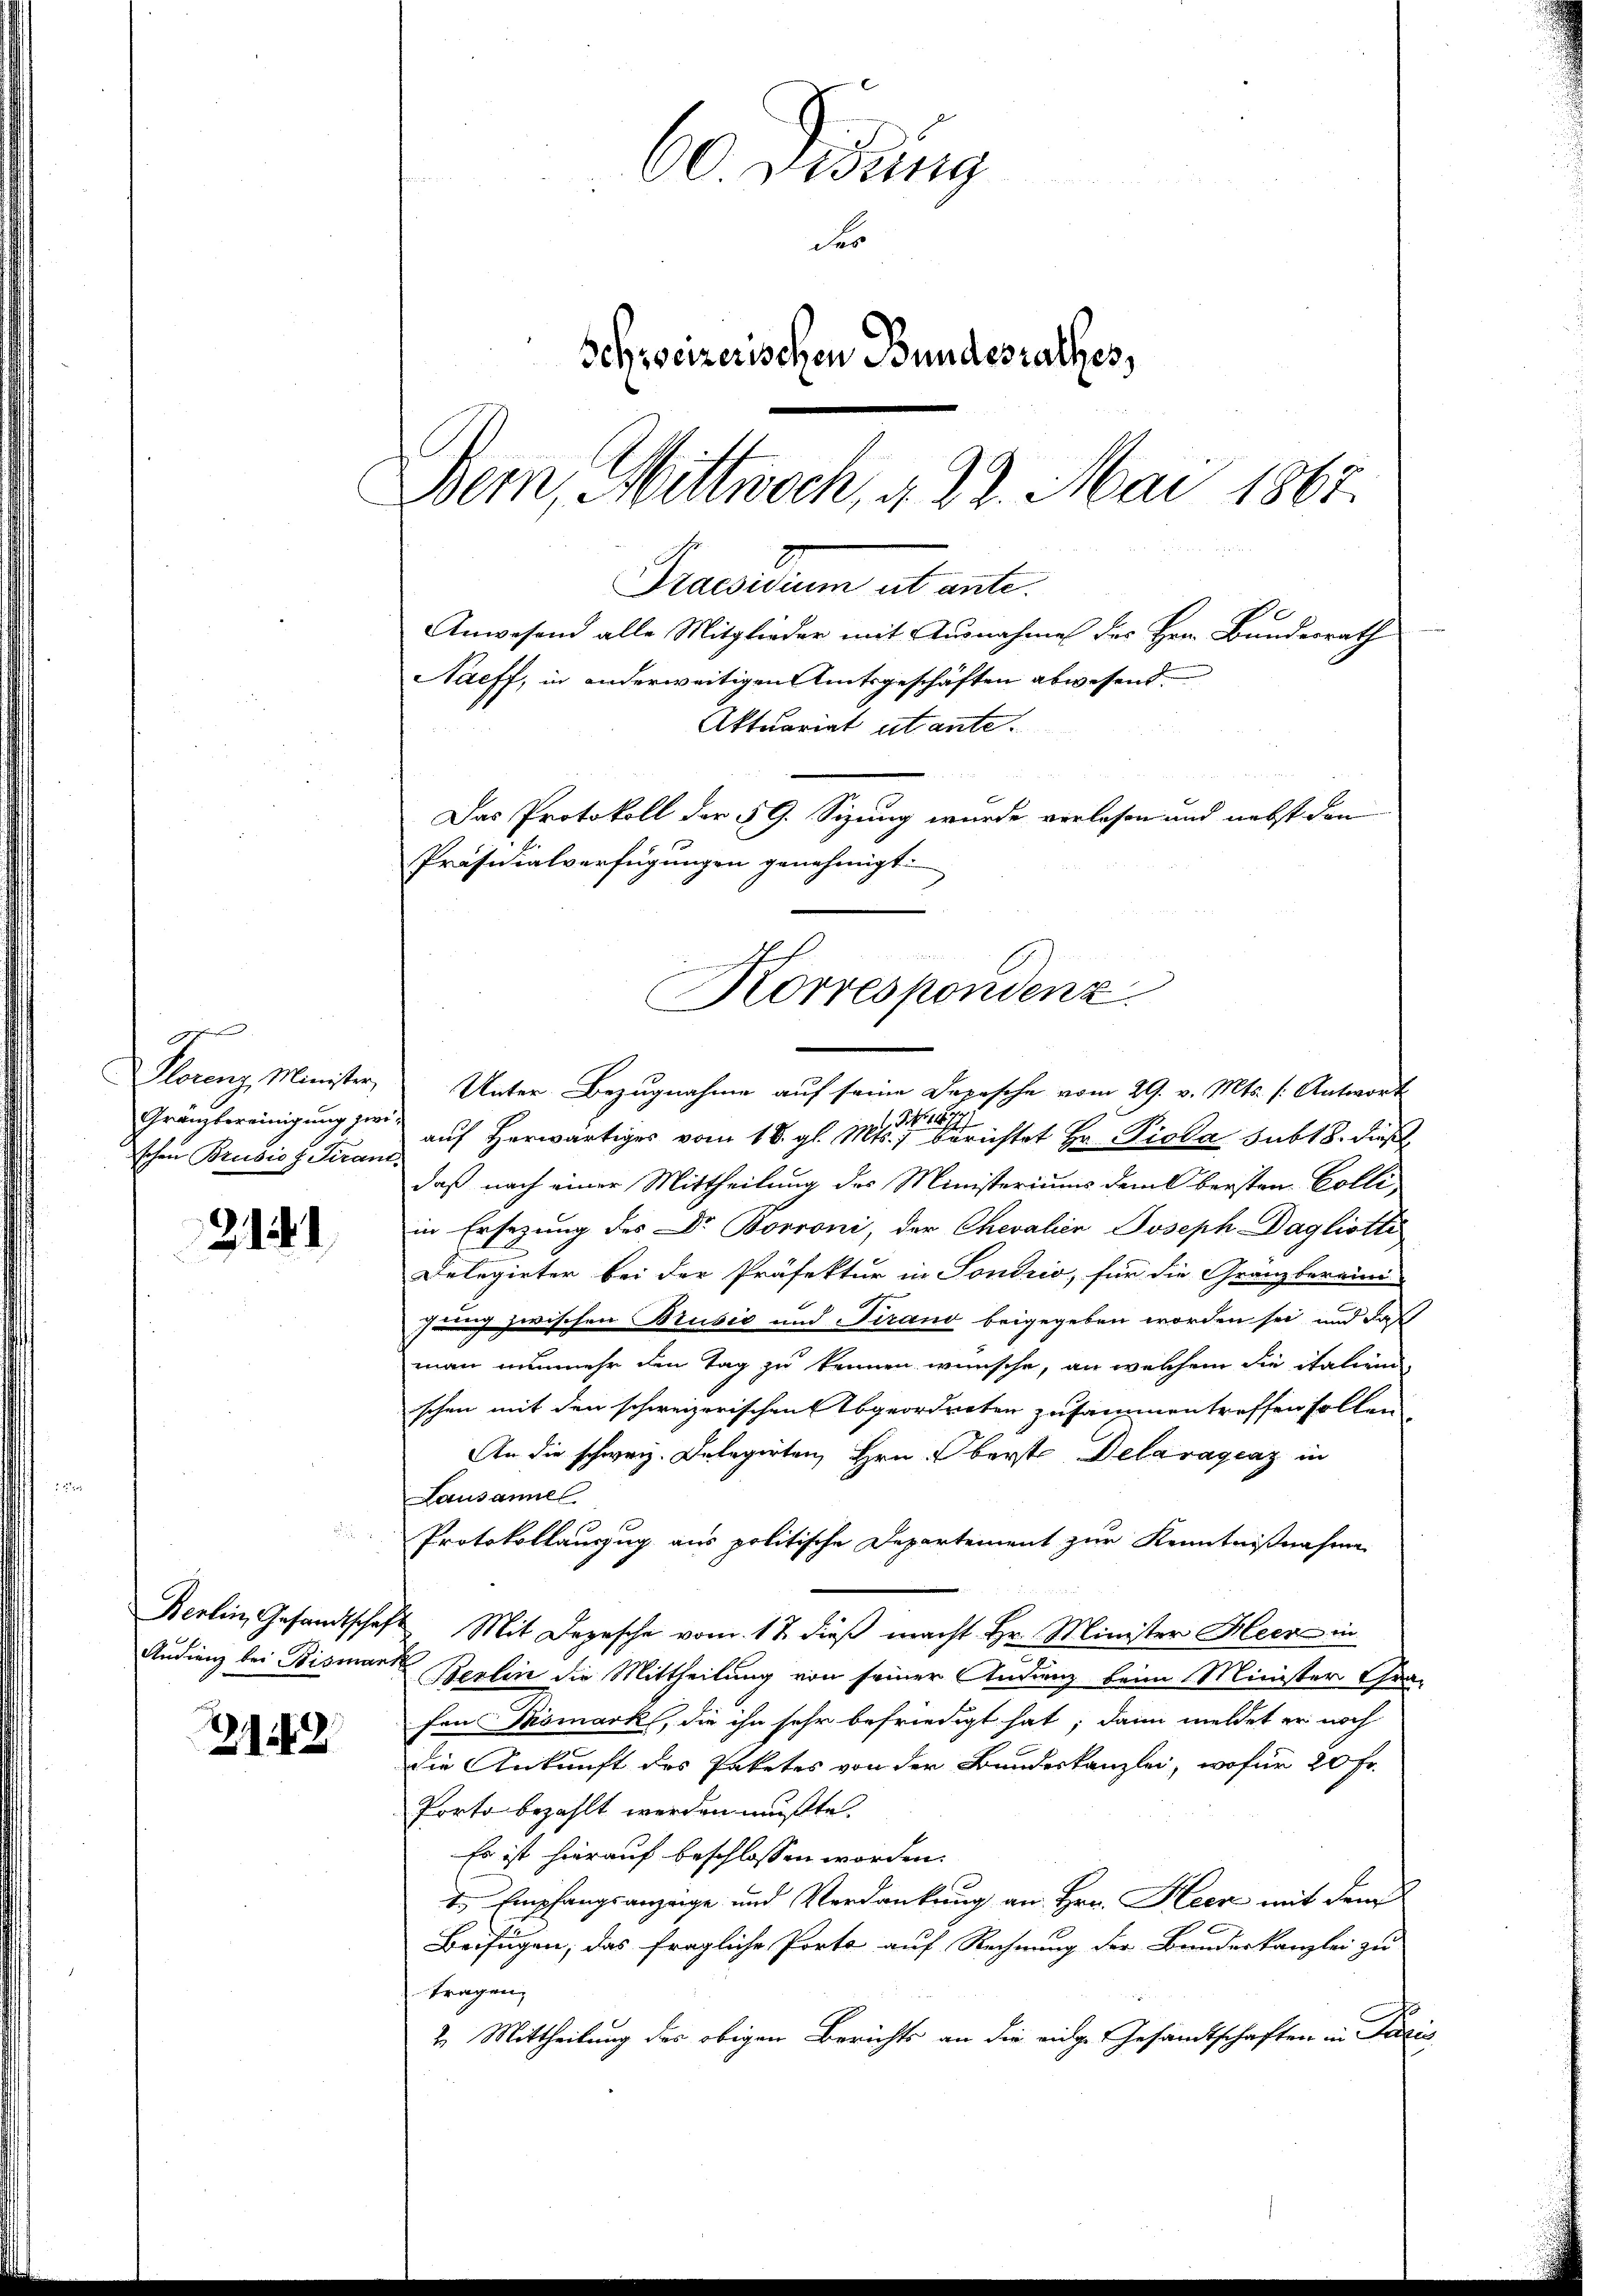
g
Gränzbereinigung zwischen Brusio J Tirant

2141

21242

60 didung
des
Schweizerischen Bundesrathes,
Bem, Mittwoch, d. 22. Mai 1867.
Museum ab ante.
Anwesend alle Mitglieder mit Ausnahme des Hrn. Bundesrath
Nacff, in anderweitigen Amtsgeschäften abwesend.
Aktuariat utante.

Das Protokoll der § 9. Sizung wurde verlesen und nebst den
Präsidialverfügungen genehmigt.
Korrespondenz.

Plorenz Minister Unter Bezugnahme auf seine Depesche vom 29. v. Mts. (: Antwort
 Mapp
auf herwärtiges vom 18. gl. Mts., berichtet Hr. Piola subt 8. dießdaß nach einer Mittheilung des Ministeriums dem Obersten Colliin Ersezung des Dr Borroni, der Chevalien Joseph Dagliothe
Delegirter bei der Präfektur in Sondrio, für die Gränzbereini-
Jung zwischen Brusić und trand beigegeben worden sei, und daß
man nunmehr den Tag zu kennen wünsche, an welchem die italiend
schen mit den schweizerischen Abgeordneten zusammentreffen sollen
An die schweiz. Delegirten, Hrn. Oberst Delaragraz in
Lausannel
Protokollauszug aus politische Departement zur Kenntnißnahme
Berlin, Gesandtschaft Mit Depesche vom 17. dieß macht Hr. Minister Heer in
Audienz bei Bismann Berlin die Mittheilung von seiner Andenz beim Minister Gra-
fen Mismark, die ihn sehr befriedigt hat; dann meldet er noch
die Ankunft des Paketes von der Bundeskanzlei, wofür 20 Fr.
Porto bezahlt werden mußte.
Es ist hierauf beschlossen worden.
t. Empfangsanzeige und Verdankung an Hrn. Heck mit dem
Beifügen, das fragliche Porte auf Rechnung der Bundeskanzlei zu
tragen,
2. Mittheilung des obigen Berichts an die eidge Gesandtschaften in Pacis